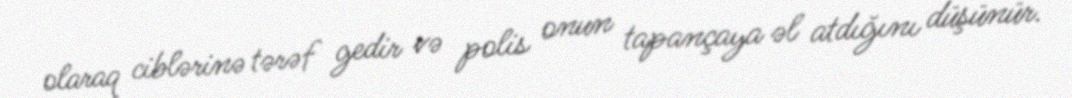
olaraq ciblərinə tərəf gedir və polis onun tapançaya əl atdığını düşünür.